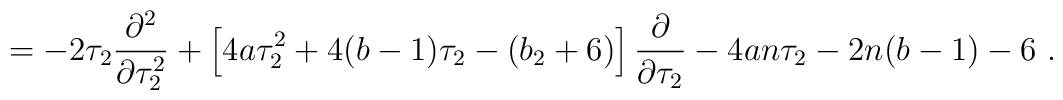
= -2\tau_2 \frac{\partial^2}{\partial\tau_2^2}+\left[4a\tau_2^2 + 4(b-1)\tau_2 - (b_2+6)\right]\frac{\partial}{\partial\tau_2} - 4an\tau_2-2n(b-1)-6\ .